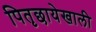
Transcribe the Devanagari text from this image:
पितृछायेखाली